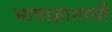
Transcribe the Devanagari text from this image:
भाषाज्ञानार्थी